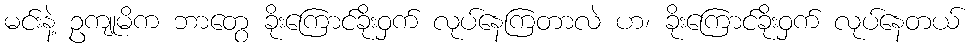
မင်းနဲ့ ဥကျုမိက ဘာတွေ ခိုးကြောင်ခိုးဝှက် လုပ်နေကြတာလဲ ဟ၊ ခိုးကြောင်ခိုးဝှက် လုပ်နေတယ်